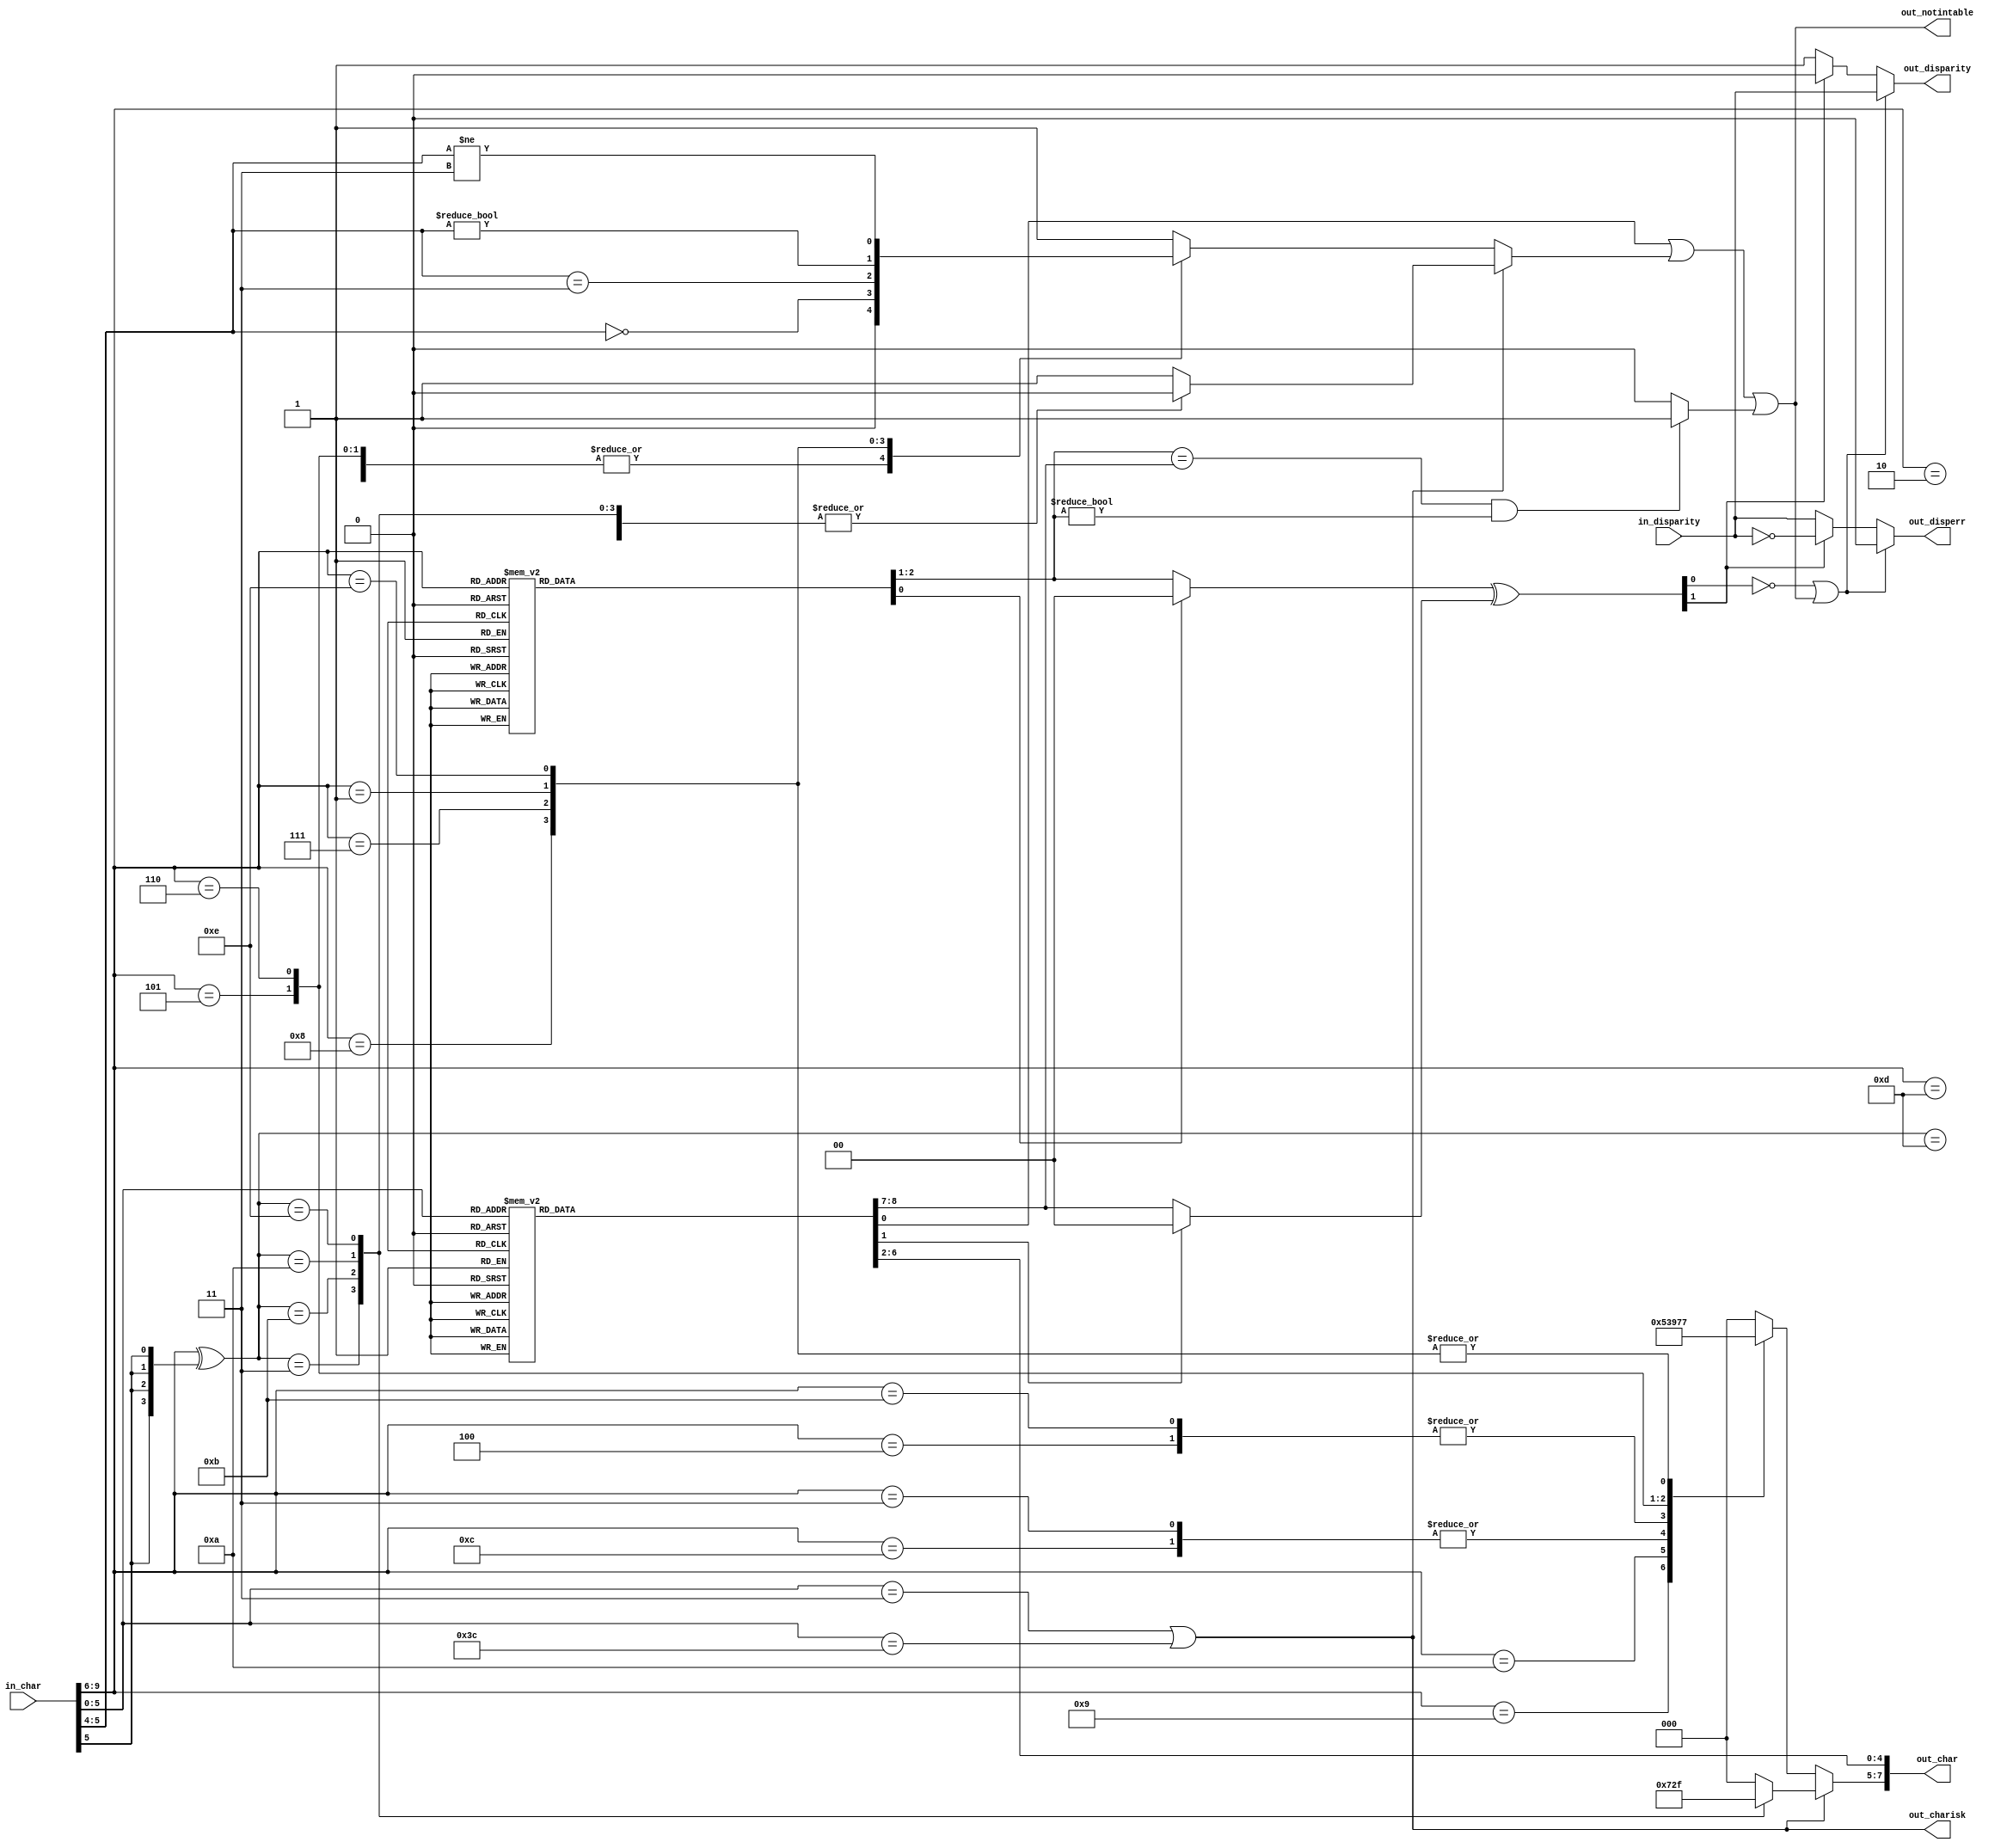
//
// The ADI JESD204 Core is released under the following license, which is
// different than all other HDL cores in this repository.
//
// Please read this, and understand the freedoms and responsibilities you have
// by using this source code/core.
//
// The JESD204 HDL, is copyright  2016-2017 Analog Devices Inc.
//
// This core is free software, you can use run, copy, study, change, ask
// questions about and improve this core. Distribution of source, or resulting
// binaries (including those inside an FPGA or ASIC) require you to release the
// source of the entire project (excluding the system libraries provide by the
// tools/compiler/FPGA vendor). These are the terms of the GNU General Public
// License version 2 as published by the Free Software Foundation.
//
// This core  is distributed in the hope that it will be useful, but WITHOUT ANY
// WARRANTY; without even the implied warranty of MERCHANTABILITY or FITNESS FOR
// A PARTICULAR PURPOSE. See the GNU General Public License for more details.
//
// You should have received a copy of the GNU General Public License version 2
// along with this source code, and binary.  If not, see
// <http://www.gnu.org/licenses/>.
//
// Commercial licenses (with commercial support) of this JESD204 core are also
// available under terms different than the General Public License. (e.g. they
// do not require you to accompany any image (FPGA or ASIC) using the JESD204
// core with any corresponding source code.) For these alternate terms you must
// purchase a license from Analog Devices Technology Licensing Office. Users
// interested in such a license should contact jesd204-licensing@analog.com for
// more information. This commercial license is sub-licensable (if you purchase
// chips from Analog Devices, incorporate them into your PCB level product, and
// purchase a JESD204 license, end users of your product will also have a
// license to use this core in a commercial setting without releasing their
// source code).
//
// In addition, we kindly ask you to acknowledge ADI in any program, application
// or publication in which you use this JESD204 HDL core. (You are not required
// to do so; it is up to your common sense to decide whether you want to comply
// with this request or not.) For general publications, we suggest referencing :
// The design and implementation of the JESD204 HDL Core used in this project
// is copyright  2016-2017, Analog Devices, Inc.
//

`timescale 1ns/100ps

module jesd204_8b10b_decoder (
  input in_disparity,
  input [9:0] in_char,

  output [7:0] out_char,
  output out_charisk,
  output out_notintable,
  output reg out_disperr,
  output reg out_disparity
);

/*
 * Only supports the subset of 8b10b that is used by JESD204.
 * If non-supported control characters are supplied the output is undefined.
 */

reg [4:0] data5b;
reg notintable5b;
reg [1:0] disparity5b;
reg ignore5b;
reg [2:0] data3b;
reg notintable3b;
reg [1:0] disparity3b;
reg ignore3b;
reg [1:0] total_disparity;
reg notintable_disparity;

// Only detect K28.X
wire charisk = in_char[5:0] == 6'b000011 || in_char[5:0] == 6'b111100;

always @(*) begin
  notintable5b = 1'b0;
  disparity5b = 2'b00;
  ignore5b = 1'b0;

  case (in_char[5:0])
  6'b000011: begin
    data5b = 5'd28;
    disparity5b = 2'b11;
  end
  6'b111100: begin
    data5b = 5'd28;
    disparity5b = 2'b01;
  end
  6'b000110: begin
    data5b = 5'd00;
    disparity5b = 2'b11;
  end
  6'b111001: begin
    data5b = 5'd00;
    disparity5b = 2'b01;
  end
  6'b010001: begin
    data5b = 5'd01;
    disparity5b = 2'b11;
  end
  6'b101110: begin
    data5b = 5'd01;
    disparity5b = 2'b01;
  end
  6'b010010: begin
    data5b = 5'd02;
    disparity5b = 2'b11;
  end
  6'b101101: begin
    data5b = 5'd02;
    disparity5b = 2'b01;
  end
  6'b100011: begin
    data5b = 5'd03;
  end
  6'b010100: begin
    data5b = 5'd04;
    disparity5b = 2'b11;
  end
  6'b101011: begin
    data5b = 5'd04;
    disparity5b = 2'b01;
  end
  6'b100101: begin
    data5b = 5'd05;
  end
  6'b100110: begin
    data5b = 5'd06;
  end
  6'b000111: begin
    data5b = 5'd7;
    disparity5b = 2'b11;
    ignore5b = 1'b1;
  end
  6'b111000: begin
    data5b = 5'd7;
    disparity5b = 2'b01;
    ignore5b = 1'b1;
  end
  6'b011000: begin
    data5b = 5'd8;
    disparity5b = 2'b11;
  end
  6'b100111: begin
    data5b = 5'd8;
    disparity5b = 2'b01;
  end
  6'b101001: begin
    data5b = 5'd9;
  end
  6'b101010: begin
    data5b = 5'd10;
  end
  6'b001011: begin
    data5b = 5'd11;
  end
  6'b101100: begin
    data5b = 5'd12;
  end
  6'b001101: begin
    data5b = 5'd13;
  end
  6'b001110: begin
    data5b = 5'd14;
  end
  6'b000101: begin
    data5b = 5'd15;
    disparity5b = 2'b11;
  end
  6'b111010: begin
    data5b = 5'd15;
    disparity5b = 2'b01;
  end
  6'b001001: begin
    data5b = 5'd16;
    disparity5b = 2'b11;
  end
  6'b110110: begin
    data5b = 5'd16;
    disparity5b = 2'b01;
  end
  6'b110001: begin
    data5b = 5'd17;
  end
  6'b110010: begin
    data5b = 5'd18;
  end
  6'b010011: begin
    data5b = 5'd19;
  end
  6'b110100: begin
    data5b = 5'd20;
  end
  6'b010101: begin
    data5b = 5'd21;
  end
  6'b010110: begin
    data5b = 5'd22;
  end
  6'b101000: begin
    data5b = 5'd23;
    disparity5b = 2'b11;
  end
  6'b010111: begin
    data5b = 5'd23;
    disparity5b = 2'b01;
  end
  6'b001100: begin
    data5b = 5'd24;
    disparity5b = 2'b11;
  end
  6'b110011: begin
    data5b = 5'd24;
    disparity5b = 2'b01;
  end
  6'b011001: begin
    data5b = 5'd25;
  end
  6'b011010: begin
    data5b = 5'd26;
  end
  6'b100100: begin
    data5b = 5'd27;
    disparity5b = 2'b11;
  end
  6'b011011: begin
    data5b = 5'd27;
    disparity5b = 2'b01;
  end
  6'b011100: begin
    data5b = 5'd28;
  end
  6'b100010: begin
    data5b = 5'd29;
    disparity5b = 2'b11;
  end
  6'b011101: begin
    data5b = 5'd29;
    disparity5b = 2'b01;
  end
  6'b100001: begin
    data5b = 5'd30;
    disparity5b = 2'b11;
  end
  6'b011110: begin
    data5b = 5'd30;
    disparity5b = 2'b01;
  end
  6'b001010: begin
    data5b = 5'd31;
    disparity5b = 2'b11;
  end
  6'b110101: begin
    data5b = 5'd31;
    disparity5b = 2'b01;
  end
  default: begin
    data5b = 5'd00;
    notintable5b = 1'b1;
  end
  endcase
end

always @(*) begin
  ignore3b = 1'b0;

  case (in_char[9:6])
  4'b0010: begin
    disparity3b = 2'b11;
  end
  4'b1101: begin
    disparity3b = 2'b01;
  end
  4'b1100: begin
    disparity3b = 2'b11;
    ignore3b = 1'b1;
  end
  4'b0011: begin
    disparity3b = 2'b01;
    ignore3b = 1'b1;
  end
  4'b0100: begin
    disparity3b = 2'b11;
  end
  4'b1011: begin
    disparity3b = 2'b01;
  end
  4'b1000: begin
    disparity3b = 2'b11;
  end
  4'b0111: begin
    disparity3b = 2'b01;
  end
  4'b0001: begin
    disparity3b = 2'b11;
  end
  4'b1110: begin
    disparity3b = 2'b01;
  end
  default: begin
    disparity3b = 2'b00;
  end
  endcase
end

always @(*) begin
  notintable3b = 1'b0;

  if (charisk == 1'b1) begin
    case (in_char[9:6] ^ {4{in_char[5]}})
    4'b1101: begin
      data3b = 3'd0;
    end
    4'b0011: begin
      data3b = 3'd3;
    end
    4'b1011: begin
      data3b = 3'd4;
    end
    4'b1010: begin
      data3b = 3'd5;
    end
    4'b1110: begin
      data3b = 3'd7;
    end
    default: begin
      data3b = 3'd0;
      notintable3b = 1'b1;
    end
    endcase
  end else begin
    case (in_char[9:6])
    4'b0010: begin
      data3b = 3'd0;
    end
    4'b1101: begin
      data3b = 3'd0;
    end
    4'b1001: begin
      data3b = 3'd1;
    end
    4'b1010: begin
      data3b = 3'd2;
    end
    4'b1100: begin
      data3b = 3'd3;
    end
    4'b0011: begin
      data3b = 3'd3;
    end
    4'b0100: begin
      data3b = 3'd4;
    end
    4'b1011: begin
      data3b = 3'd4;
    end
    4'b0101: begin
      data3b = 3'd5;
    end
    4'b0110: begin
      data3b = 3'd6;
    end
    4'b1000: begin
      data3b = 3'd7;
      notintable3b = in_char[5:4] == 2'b00;
    end
    4'b0111: begin
      data3b = 3'd7;
      notintable3b = in_char[5:4] == 2'b11;
    end
    4'b0001: begin
      data3b = 3'd7;
      notintable3b = in_char[5:4] != 2'b00;
    end
    4'b1110: begin
      data3b = 3'd7;
      notintable3b = in_char[5:4] != 2'b11;
    end
    default: begin
      data3b = 3'd0;
      notintable3b = 1'b1;
    end
    endcase
  end
end

always @(*) begin
  if (disparity3b == disparity5b && disparity3b != 2'b00) begin
    notintable_disparity = 1'b1;
  end else begin
    notintable_disparity = 1'b0;
  end
end

always @(*) begin
  total_disparity = (ignore3b ? 2'b00 : disparity3b) ^ (ignore5b ? 2'b00 : disparity5b);

  if (total_disparity[0] == 1'b0 || out_notintable == 1'b1) begin
    out_disparity = in_disparity;
    out_disperr = 1'b0;
  end else if (total_disparity[1] == 1'b1) begin
    out_disparity = 1'b0;
    out_disperr = ~in_disparity;
  end else begin
    out_disparity = 1'b1;
    out_disperr = in_disparity;
  end
end

assign out_char = {data3b,data5b};
assign out_charisk = charisk;
assign out_notintable = notintable5b | notintable3b | notintable_disparity;

endmodule